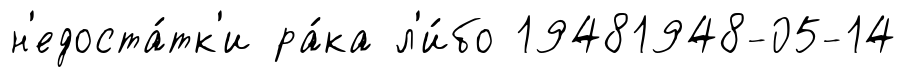
н'едоста́тк'и ра́ка л'и́бо 19481948-05-14